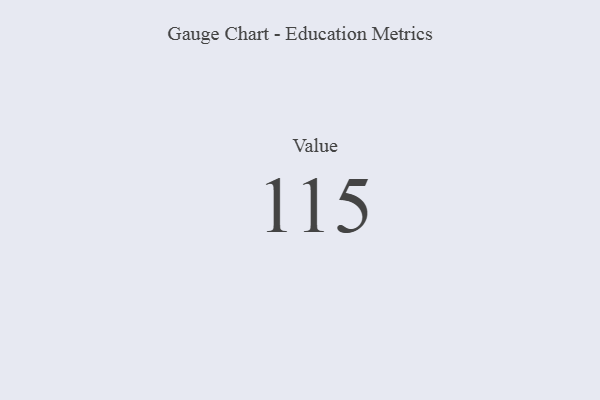
{"axis": {"x": "Metric", "y": "Value"}, "legend": [""], "data": [{"x": "Value", "y": 115, "type": ""}]}